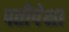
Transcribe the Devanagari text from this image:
पतीपेक्षा